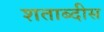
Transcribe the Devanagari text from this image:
शताब्दीस